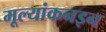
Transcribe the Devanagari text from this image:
मूल्यांकनइन